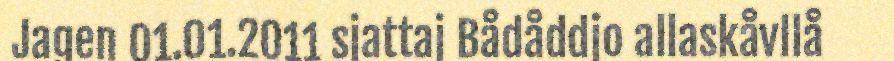
Jagen 01.01.2011 sjattaj Bådåddjo allaskåvllå